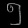
Digit: ၅